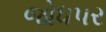
જોધપર